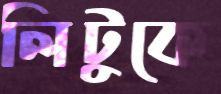
লিটুকে